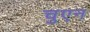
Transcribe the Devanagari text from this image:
चुएन